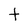
Character: t